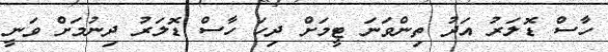
ހާސް ޑޮލަރު އަދު ތިންވަނަ ޓީމަށް ދިހަ ހާސް ޑޮލަރު ދިނުމަށް ވަނީ